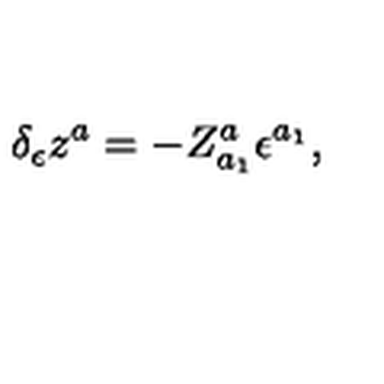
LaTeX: \delta _ { \epsilon } z ^ { a } = - Z _ { a _ { 1 } } ^ { a } \epsilon ^ { a _ { 1 } } ,